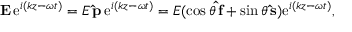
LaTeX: \mathbf { E } \, \mathrm { e } ^ { i ( k z - \omega t ) } = E \, \mathbf { \hat { p } } \, \mathrm { e } ^ { i ( k z - \omega t ) } = E ( \cos \theta \, \mathbf { \hat { f } } + \sin \theta \, \mathbf { \hat { s } } ) \mathrm { e } ^ { i ( k z - \omega t ) } ,